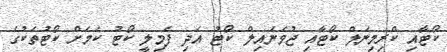
ކޯޓާއި ކްރިމިނަލް ކޯޓާއި ޖުވެނައިލް ކޯޓު އަދި ފެމިލީ ކޯޓު ކަމަށް ކޯޓުތަކުގެ